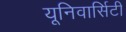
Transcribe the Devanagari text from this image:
यूनिवार्सिटी